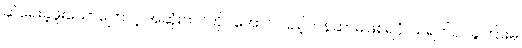
ဆဲရေးခဲ့ဖူးသောကြောင့် အဆုံးဘဝတိုင်အောင် ပြည့်တန်ဆာမဖြစ်ရပုံ၊ သရက်ပင်ခွကြားမှ